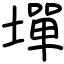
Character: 墠